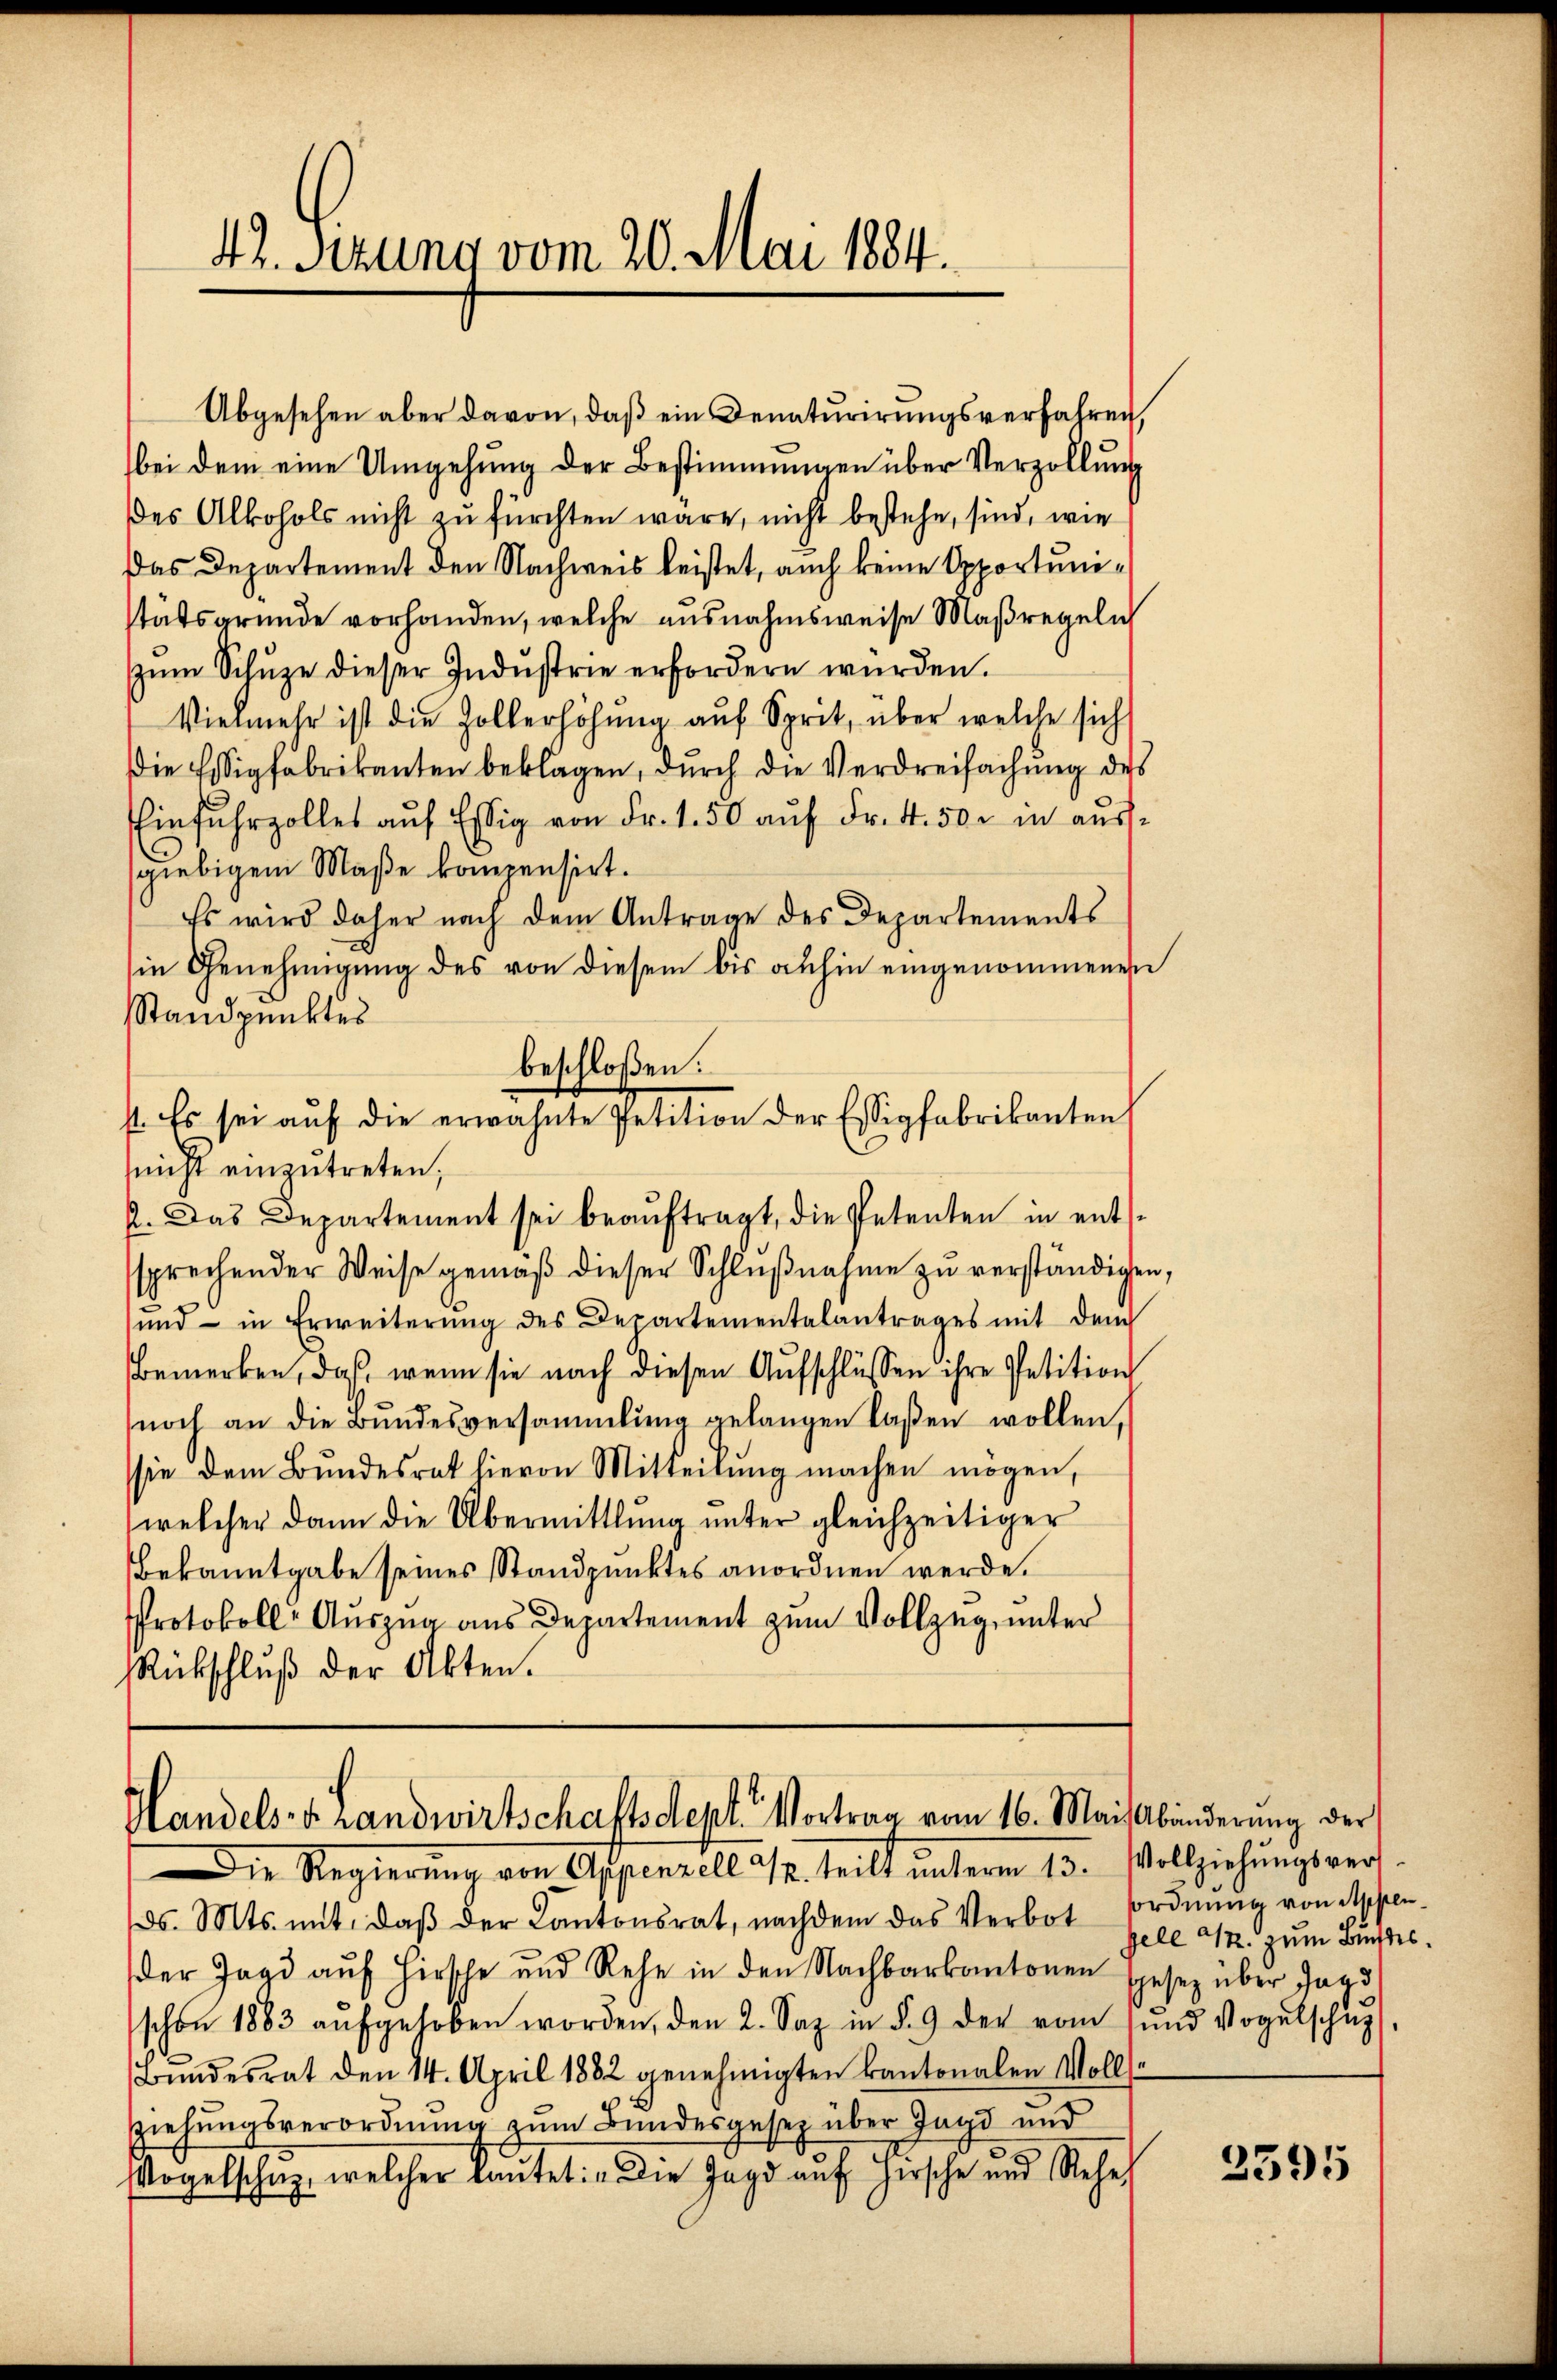
42. Sezung vom 20. Mai 1884.

Abgesehen aber davon, daß ein Denaturierungsverfahren,
bei dem eine Umgehung der Bestimmungen über Verzöllung
des Alkohols nicht zu fürchten wäre, nicht bestehe, sind, wie
Das Departement den Nachweis leistet, auch keine Opportunistätsgründe vorhanden, welche ausnahmsweise Maßregeli
zŭm Schŭze dieser Indŭstrie erfordern würden.
Vielmehr ist die Zollerhöhŭng auf Sprit, über welche sich
Die Essigfabrikanten beklagen, durch die Verdreifachung des
Einfuhrzolles aŭf Essig von Fr. 1.50 aŭf Fr. 4. 50. in aussgiebigem Maße kompensirt.
Es wird daher nach dem Antrage des Departements
in Genehmigung des von diesem bis anhin eingenommenen
Standpunktes
beschloßen:
st. Es sei aŭf die erwähnte Petition der Essigfabrikanten
nicht einzutreten,
2. Das Departement sei beaŭftragt, die Petenten in ents
sprechender Weise gemäß dieser Schlŭβnahme zu verständigen,
und in Erweiterŭng des Departementalantrages mit dem
Bemerken, daß wenn sie nach diesen Aŭfschlüssen ihre Petition
noch an die Bŭndesversammlung gelangen laßen wollen,
sie dem Bŭndesrat hievon Mitteilŭng machen mögen,
welcher dann die Übermittlung unter gleichzeitiger
Bekanntgabe seines Standpunktes anordnen werde.
Protokoll-Aŭszŭg ans Departement zŭm Vollzug unter
Rückschluß der Akten.

ds. Mts. mit, daβ der Kantonsrat, nachdem das Verbot ordnung von Appen-
der Jagd auf Hirsche und Rehe in den Nachbarkantonen spesez über Jag
schon 1883 aŭfgehoben worden, den 2. Saz in § 9 der vom ŭnd Vogelschŭp
Bŭndesrat den 14. April 1882 genehmigten kantonalen Volls-
ziehungsverordnung zum Bundesgesetz über Jagd und
Vogelschuz, welcher lautet: „Die Jagd auf Hirsche und Reheh

Handels- & Landwirtschaftsdept. Vortrag vom 16. Mai Abänderung der
Die Regierung von Appenzell 2/4. teilt unterm 13. Vollziehungsver-

sele 92. zum Buchtes.

2595